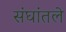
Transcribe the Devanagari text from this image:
संघांतले